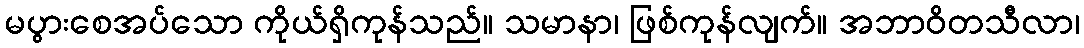
မပွားစေအပ်သော ကိုယ်ရှိကုန်သည်။ သမာနာ၊ ဖြစ်ကုန်လျက်။ အဘာဝိတသီလာ၊